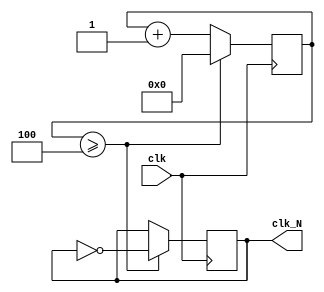
`timescale 1ns / 1ps

module divider(clk,clk_N);
    input clk;
    output reg clk_N;
    reg [31:0] counter;           
    integer N= 10;
    
    initial begin
        clk_N<=0;
        counter<=0;
    end
           
    always @(posedge clk) begin 
        counter<=counter+1;                   
        if(counter>=(N/2)-1) begin
            clk_N<=~clk_N;
            counter<=0;
        end
    end                           
endmodule